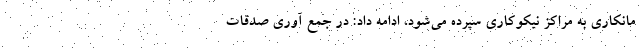
مانکاری به مراکز نیکوکاری سپرده می‌شود، ادامه داد: در جمع آوری صدقات